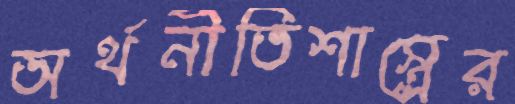
অর্থনীতিশাস্ত্রের